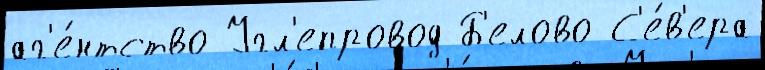
аг'е́нтство Угл'епровод Б'елово С'е́в'ера